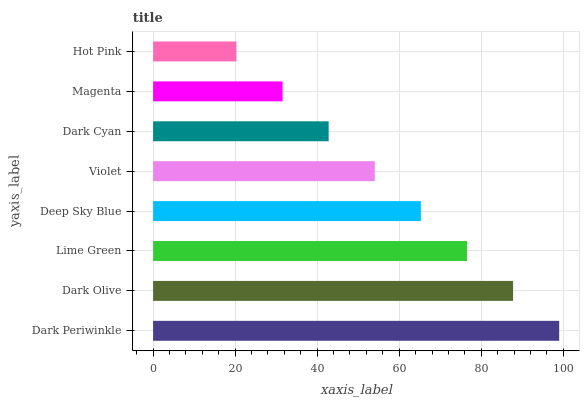
| yaxis_label | bars |
 | --- | --- |
 | Dark Periwinkle | 99 |
 | Dark Olive | 87.8 |
 | Lime Green | 76.5 |
 | Deep Sky Blue | 65.3 |
 | Violet | 54 |
 | Dark Cyan | 42.8 |
 | Magenta | 31.6 |
 | Hot Pink | 20.3 |